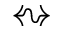
\leftrightsquigarrow